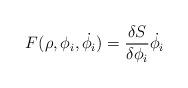
LaTeX: \begin{align*}F(\rho, \phi_i,\dot{\phi_i}) = {\delta S \over \delta \phi_i}\dot{\phi_i}\end{align*}